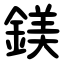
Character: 鎂